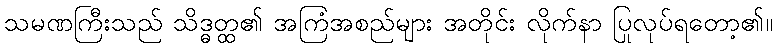
သမဏကြီးသည် သိဒ္ဓတ္ထ၏ အကြံအစည်များ အတိုင်း လိုက်နာ ပြုလုပ်ရတော့၏။